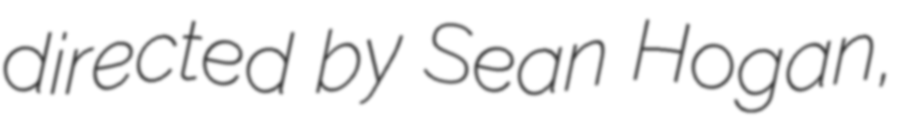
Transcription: directed by Sean Hogan,